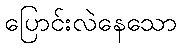
ပြောင်းလဲနေသော